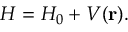
H = H _ { 0 } + V ( \mathbf { r } ) .